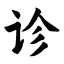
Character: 诊